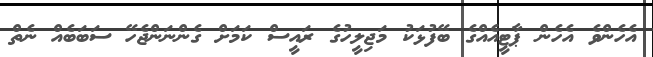
އެހެންވެ އެހެން ޕާޓީއެއްގެ ބޭފުޅަކު މަޖިލީހުގެ ރައީސް ކަމަށް ގެންނަންޖެހޭ ސަބަބެއް ނެތް